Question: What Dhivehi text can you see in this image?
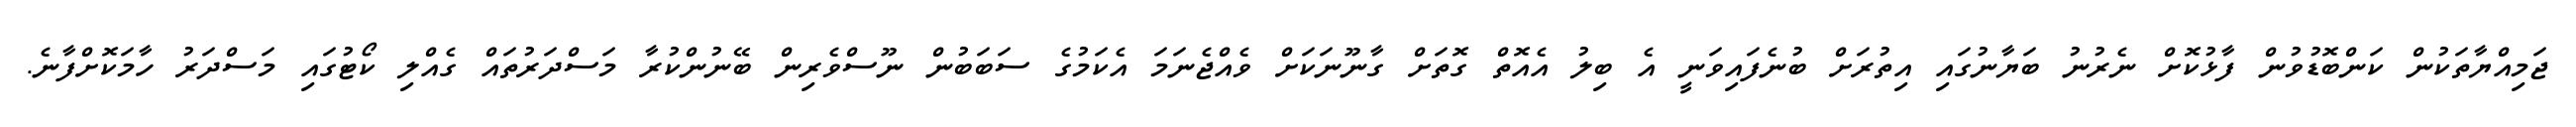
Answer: ޖަމިއްޔާތަކުން ކަންބޮޑުވުން ފާޅުކޮށް ނެރުނު ބަޔާނުގައި އިތުރަށް ބުނެފައިވަނީ އެ ބިލު އެއޮތް ގޮތަށް ގާނޫނަކަށް ވެއްޖެނަމަ އެކަމުގެ ސަބަބުން ނޫސްވެރިން ބޭނުންކުރާ މަސްދަރުތައް ގެއްލި ކޯޓުގައި މަސްދަރު ހާމަކޮށްފާނެ.